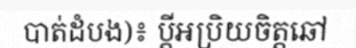
បាត់ដំបង)៖ ប្តីអប្រិយចិត្តឆៅ